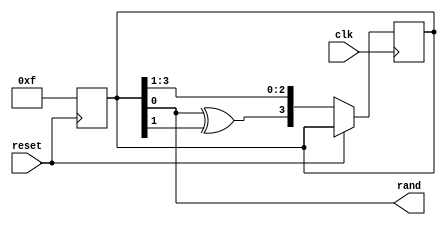
module prbs (rand, clk, reset);
input clk, reset;
output rand;
wire rand;
reg [3:0] temp;
always @ (posedge reset) begin
temp <= 4'hf;
end
always @ (posedge clk) begin
if (~reset) begin
temp <= {temp[0]^temp[1],temp[3],temp[2],temp[1]};
end
end
assign rand = temp[0];
endmodule